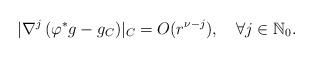
LaTeX: \begin{align*}\lvert\nabla^j\left(\varphi^{\ast}g - g_C\right)\rvert_C = O(r^{\nu - j}),\quad\forall j\in\mathbb{N}_0.\end{align*}